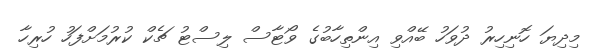
މިދިޔަ ހޮނިހިރު ދުވަހު ބޭއްވި އިންތިހާބުގެ ވޯޓާސް ލިސްޓު ޗެކް ކުރުމަށްފަހު ހުރިހާ